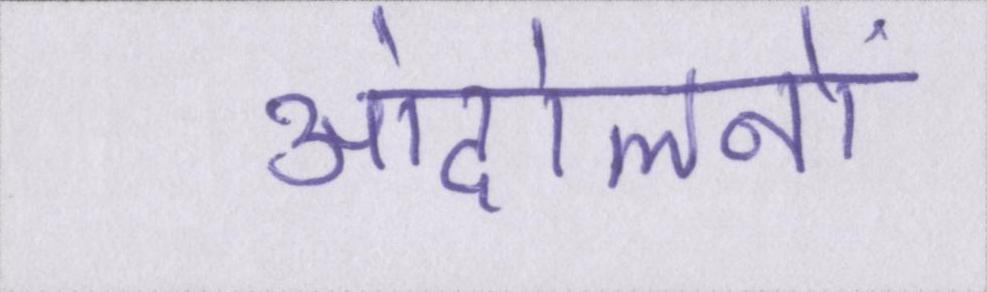
आंदोलनों